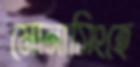
মোনাসিংহে